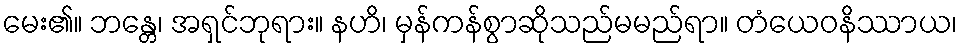
မေး၏။ ဘန္တေ၊ အရှင်ဘုရား။ နဟိ၊ မှန်ကန်စွာဆိုသည်မမည်ရာ။ တံယေဝနိဿာယ၊